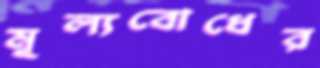
মূল্যবোধের